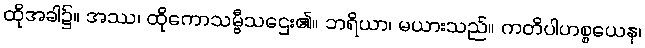
ထိုအခါ၌။ အဿ၊ ထိုကောသမ္ဗီသဌေး၏။ ဘရိယာ၊ မယားသည်။ ကတိပါဟစ္စယေန၊